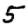
Digit: 5